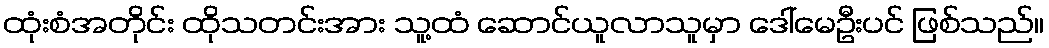
ထုံးစံအတိုင်း ထိုသတင်းအား သူ့ထံ ဆောင်ယူလာသူမှာ ဒေါ်မေဦးပင် ဖြစ်သည်။